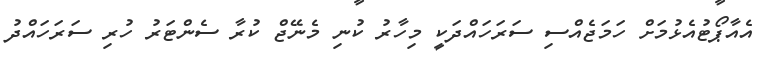
އެއާޕޯޓުއެޅުމަށް ހަމަޖެއްސި ސަރަހައްދަކީ މިހާރު ކުނި މެނޭޖް ކުރާ ސެންޓަރު ހުރި ސަރަހައްދު